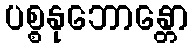
ပစ္စနုဘောန္တော